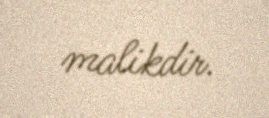
malikdir.